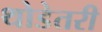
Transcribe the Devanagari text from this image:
थोडेतरी